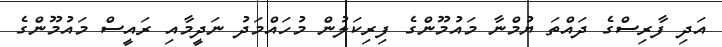
އަދި ފާރިސްގެ ދައްތަ ޔުމްނާ މައުމޫންގެ ފިރިކަލުން މުހައްމަދު ނަދީމާއި ރައީސް މައުމޫންގެ